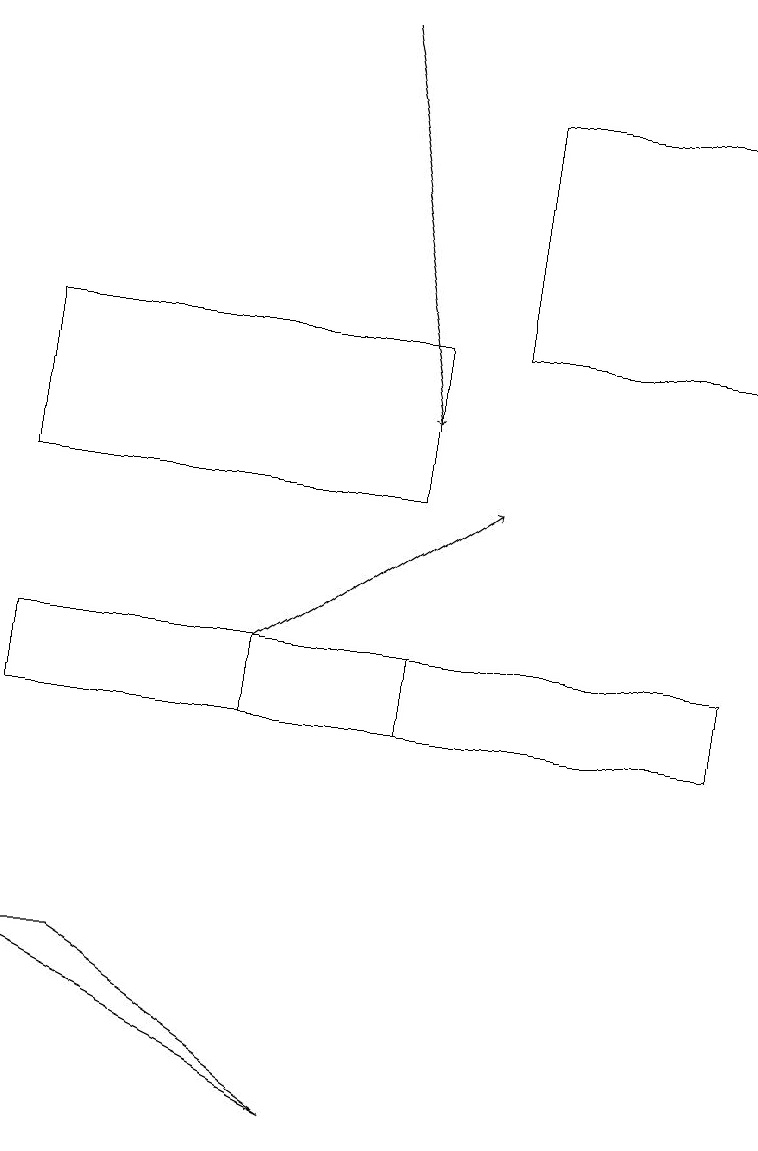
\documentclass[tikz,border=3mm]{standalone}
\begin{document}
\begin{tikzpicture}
\draw[->] (3,11) -- (6,13);
\draw[->] (4,19) -- (5,14);
\draw (9,11) rectangle (0,10);
\draw (5,15) rectangle (0,13);
\draw (5,10) rectangle (3,11);
\draw (4,5) -- (0,7) -- (1,7) -- cycle;
\draw (6,15) rectangle (9,18);
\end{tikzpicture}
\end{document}